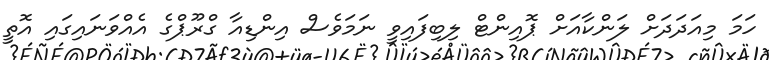
ހަމަ މިއަދަދަށް ލަންކާއަށް ޕޮއިންޓް ލިބިފައިވީ ނަމަވެސް އިންޑިއާ ގްރޫޕްގެ އެއްވަނައިގައި އޮތީ